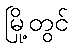
မြို့တွင်